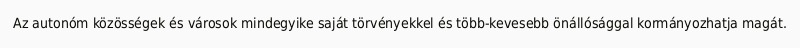
Az autonóm közösségek és városok mindegyike saját törvényekkel és több-kevesebb önállósággal kormányozhatja magát.